Civil Veterinary Department. Madras. Admin. report 1910-25 - 1910-1925
Year: 1910
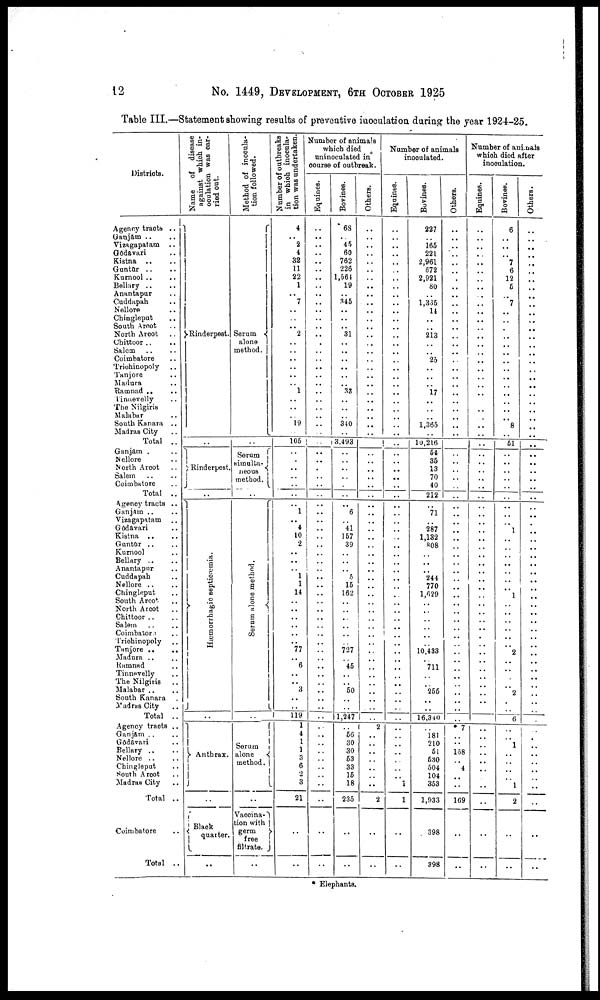
12
No. 1449, DEVELOPMENT, 6TH OCTOBER 1925
Table III.—Statement showing results of preventive inoculation during the year 1924-25.
Districts.
Agency tracts ..
Ganjam .. ..
Vizagapatam ..
Godavari ..
Kistna .. ..
Guntar .. ..
Kurnool .. ..
Bellary .. ..
Anantapur ..
Cuddapah ..
Nellore ..
Chingleput ..
South Arcot ..
North Arcot ..
Chittoor .. ..
Salem .. ..
Coimbatore ..
Triohinopoly ..
Tanjore ..
Madura ..
Ramnad .. ..
Tinnevelly ..
The Nilgiris ..
Malabar ..
South Kanara ..
Madras City ..
Total ..
Ganjam ..
Nellore ..
North Arcot ..
Salem
Coimbatore ..
Total ..
Agency tracts ..
Ganjam .. ..
Vizagapatam ..
Godavari ..
Kistna .. ..
Guntur .. ..
Kurnool ..
Bellary .. ..
Anantapur .. ..
Cuddapah ..
Nellore .. ..
Chingleput ..
South Arcot ..
North Arcot ..
Chittoor ..
Salem
Coimbatore ..
Trichinopoly ..
Tanjore ..
..
Madura .. ..
Ramnad ..
Tinnevelly ..
The Nilgiris ..
Malabar
South Kanara ..
Madras City ..
Total ..
Agency tracts ..
Ganjam .. ..
Godavari ..
Bellary .. ..
Nellore .. ..
Chingleput ..
South A root ..
Madras City ..
Total ..
Coimbatore ..
Total ..
Name
of disease
against which in-
oculation was car-
ried out.
Rinderpest.
..
Rinderpest.
..
Hæmorrhagic septicæmia.
Anthrax.
..
Black
quarter
..
Method of inocula-
tion followed.
Serum
alone
method.
..
Serum
simulta-
neous
method.
..
Se r
um alone method.
..
Serum
alone
method.
..
Vaccina-
tion with
germ
free
filtrate.
..
Number of outbreaks
in which inocula-
tion was undertaken.
4
..
2
4
32
11
22
1
..
7
..
..
..
2
..
..
..
..
..
..
1
..
..
..
19
105
..
.
..
..
..
..
..
1
..
4
10
2
..
..
..
1
1
14
..
..
..
..
..
..
77
..
6
..
..
3
..
..
119
1
4
1
3
6
2
3
21
..
..
Number of animals
which died
uninoculated in
course of outbreak.
Equines.
..
..
..
.. ..
..
..
..
..
..
..
..
.. ..
.
..
..
..
.. ..
..
..
..
..
..
..
..
..
..
..
..
..
..
..
..
..
..
..
..
..
..
..
..
..
..
..
..
..
..
..
..
..
..
..
..
..
..
..
..
..
..
..
..
..
..
..
..
..
..
Bovines.
68
.. 45
60
762
226
1,564
19
..
345
..
..
.. 31
..
..
..
..
..
.. 33
..
..
.. 340
..
3,493
..
..
..
..
..
..
6
..
41
157
39
..
..
.. 5
15
162
..
..
..
..
..
..
727
.. 45
..
50
..
..
1,247
56
30
30
53
33
15
18
235
..
..
Others.
..
..
..
..
..
..
..
..
..
..
..
..
..
..
..
..
..
..
..
.. ..
..
..
..
..
..
..
..
..
.. ..
..
..
..
..
..
..
..
..
..
..
..
..
..
..
..
..
..
..
..
..
..
.. ..
..
.. ..
..
..
..
2
..
..
..
..
..
2
..
..
Number of animals
inoculated.
Equines.
..
..
..
.. ..
..
..
..
..
..
..
..
..
..
..
..
..
..
..
..
..
..
..
..
..
..
..
..
..
..
..
..
..
..
..
..
..
..
..
..
..
..
..
..
..
..
..
..
..
..
..
..
..
..
..
..
..
..
..
..
..
..
..
..
.. 1
1
..
..
Bovines.
227
.. 165
221
2,961
672
2,921
80
.. 1,335
14
..
.. 213
..
..
25
..
..
.. 17
..
..
.. 1,365
..
10,216
54
35
13
70
40
212
..
71
..
287
1,132
808
..
..
.. 244
770
1,629
..
..
..
..
..
..
10,433
.. 711
..
.. 255
..
..
16,340
..
181
210
51
530
504
104
353
1,933
398
398
Others.
..
..
..
.. ..
..
.
..
..
..
..
..
..
..
..
..
..
..
..
.. ..
..
..
.. ..
..
..
..
..
..
..
..
..
..
..
..
..
..
..
..
..
..
..
..
..
..
..
..
..
..
..
..
..
..
..
.. ..
..
..
..
7
..
158
4
..
..
169
..
..
Number of aninals
which died after
inoculation.
Equines.
..
..
..
.. ..
..
..
..
..
..
..
..
..
..
..
..
..
..
..
..
..
..
..
..
..
..
..
..
..
.. ..
..
..
..
..
..
.. ..
..
..
..
.. ..
..
..
..
..
..
..
.
..
..
..
..
..
..
..
..
..
..
..
..
::
..
..
..
..
..
..
Bovines.
6
..
..
.. 7
6
12
6
.. 7
..
..
.. ..
..
..
..
..
..
..
..
..
..
.. 8
..
51
..
..
..
..
..
..
..
..
..
1
..
..
..
..
.. ..
.. 1
..
..
..
..
..
..
2
..
..
..
.. 2
.
..
6
..
1
..
..
.. 1
2
..
..
Others.
..
..
..
..
..
..
..
..
..
..
..
..
..
..
..
..
..
..
..
..
..
..
..
..
..
..
..
..
..
.. ..
..
..
..
..
.
..
..
..
..
..
..
..
..
..
..
..
..
..
..
..
..
..
..
..
..
..
..
..
..
..
..
..
..
..
..
..
..
..
* Elephants.